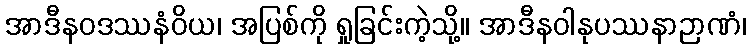
အာဒီနဝဒဿနံဝိယ၊ အပြစ်ကို ရှုခြင်းကဲ့သို့။ အာဒီနဝါနုပဿနာဉာဏံ၊